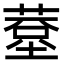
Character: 𦸧